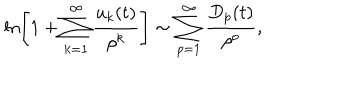
LaTeX: \ln \left[ 1 + \sum _ { k = 1 } ^ { \infty } { \frac { u _ { k } ( t ) } { \rho ^ { k } } } \right] \sim \sum _ { p = 1 } ^ { \infty } { \frac { D _ { p } ( t ) } { \rho ^ { p } } } ,